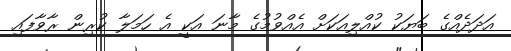
އަދަދެއްގެ ބަޔަކު ކުއްލިއަކަށް އެއްވުމުގެ މާނަ އަކީ އެ ހަމަލާ ކުރިން ރާވާފައި